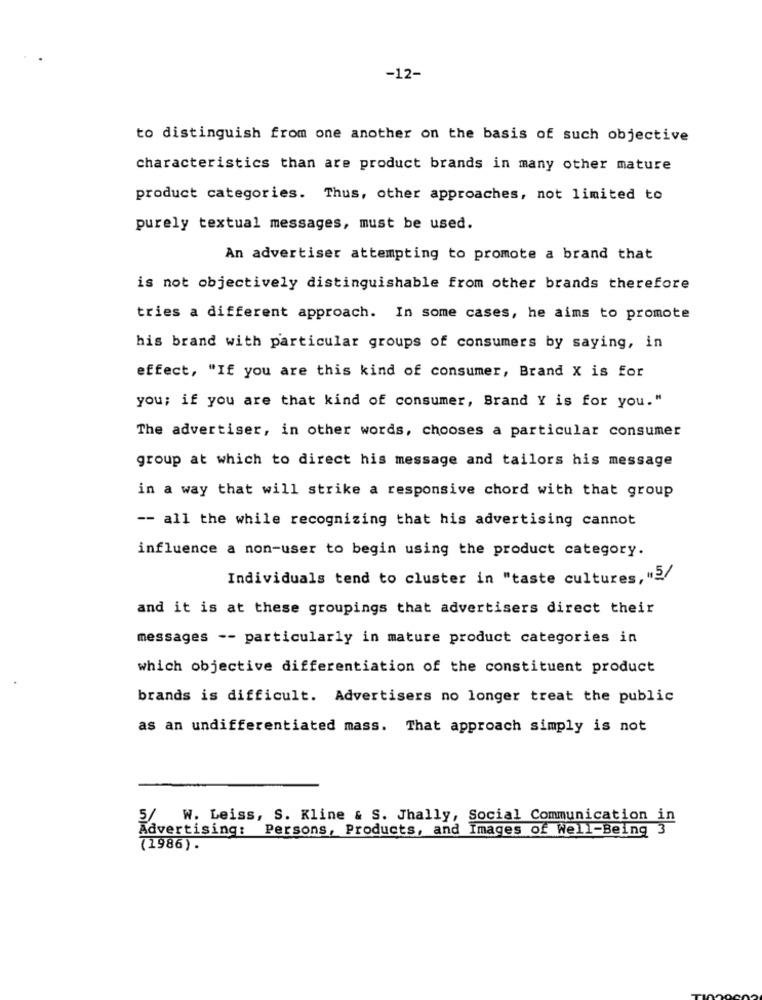
-12-
to distinguish from one another on the basis of such objective
characteristics than are product brands in many other mature
product categories. Thus, other approaches, not limited to
purely textual messages, must be used.
An advertiser attempting to promote a brand that
is not objectively distinguishable from other brands therefore
tries a different approach. In some cases, he aims to promote
his brand with particular groups of consumers by saying, in
effect, "If you are this kind of consumer, Brand X is for
you; if you are that kind of consumer, Brand Y is for you."
The advertiser, in other words, chooses a particular consumer
group at which to direct his message and tailors his message
in a way that will strike a responsive chord with that group
-- all the while recognizing that his advertising cannot
influence a non-user to begin using the product category.
Individuals tend to cluster in "taste cultures, "5/
and it is at these groupings that advertisers direct their
messages -- particularly in mature product categories in
which objective differentiation of the constituent product
brands is difficult. Advertisers no longer treat the public
as an undifferentiated mass. That approach simply is not
5/ W. Leiss, S. Kline & S. Jhally, Social Communication in
Advertising: Persons, Products, and Images of Well-Being 3
(1986).